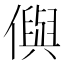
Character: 㒜